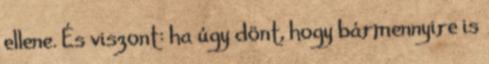
ellene. És viszont: ha úgy dönt, hogy bármennyire is